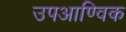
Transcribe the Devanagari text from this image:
उपआण्विक